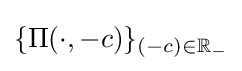
\{\Pi (\cdot ,-c)\}_{(-c)\in \mathbb {R} _{-}}